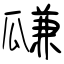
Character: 㼓